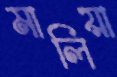
মালিয়া